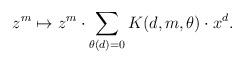
LaTeX: \begin{align*}z^m\mapsto z^m \cdot \sum_{\theta(d)=0}K(d,m,\theta) \cdot x^d.\end{align*}